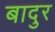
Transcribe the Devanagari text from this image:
बादुर